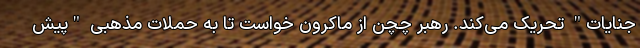
جنایات" تحریک می‌کند. رهبر چچن از ماکرون خواست تا به حملات مذهبی "پیش